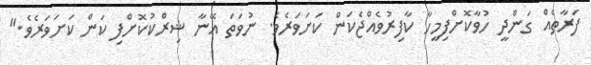
ފަރާތެއް ގަންދީ ހުވާކޮށްފިމީހާ ކާފިރުވެއްޖެކަން ކަށަވަރެވެ. ނުވަތަ އޭނާ ޝިރްކުކޮށްފި ކަން ކަށަވަރެވެ."